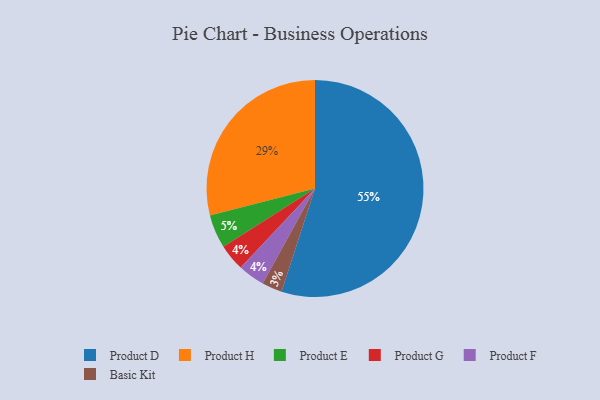
{"axis": {"x": "Category", "y": "Percentage"}, "legend": ["Basic Kit", "Product D", "Product E", "Product F", "Product G", "Product H"], "data": [{"x": "Product G", "y": 4, "type": "Product G"}, {"x": "Product E", "y": 5, "type": "Product E"}, {"x": "Product F", "y": 4, "type": "Product F"}, {"x": "Product H", "y": 29, "type": "Product H"}, {"x": "Basic Kit", "y": 3, "type": "Basic Kit"}, {"x": "Product D", "y": 55, "type": "Product D"}]}